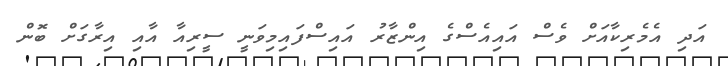
އަދި އެމެރިކާއަށް ވެސް އައިއެސްގެ އިންޒާރު އައިސްފައިމިވަނީ ސީރިއާ އާއި އިރާގަށް ބޮން